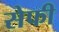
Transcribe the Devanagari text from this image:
सेफी